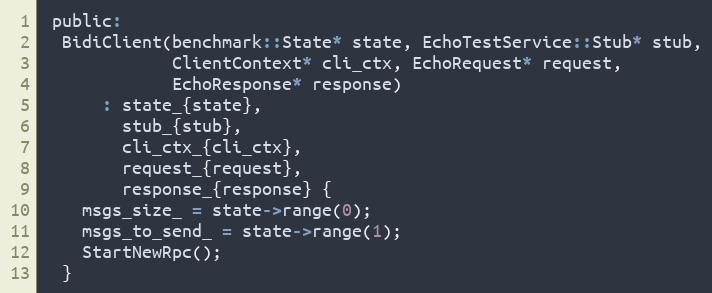
Language: C
 public:
  BidiClient(benchmark::State* state, EchoTestService::Stub* stub,
             ClientContext* cli_ctx, EchoRequest* request,
             EchoResponse* response)
      : state_{state},
        stub_{stub},
        cli_ctx_{cli_ctx},
        request_{request},
        response_{response} {
    msgs_size_ = state->range(0);
    msgs_to_send_ = state->range(1);
    StartNewRpc();
  }